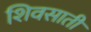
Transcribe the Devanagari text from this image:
शिवसाती